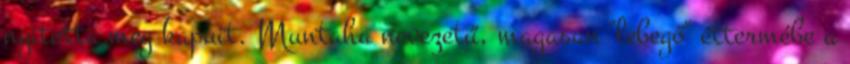
nyitotta meg kapuit. Muntaha nevezetű, magasan "lebegő" éttermébe a